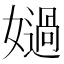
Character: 𡢤